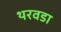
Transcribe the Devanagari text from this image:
थरवडा